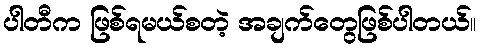
ပါတီက ဖြစ်ရမယ်စတဲ့ အချက်တွေဖြစ်ပါတယ်။